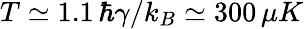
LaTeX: T\simeq 1.1\, \hbar\gamma/k_{B}\simeq 300\, \mu K